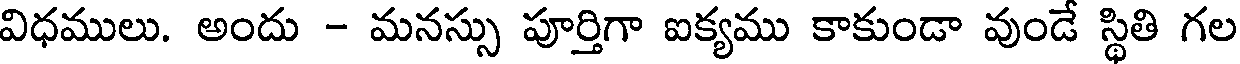
విధములు. అందు - మనస్సు పూర్తిగా ఐక్యము కాకుండా వుండే స్థితి గల